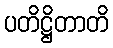
ပတိဋ္ဌိတာတိ